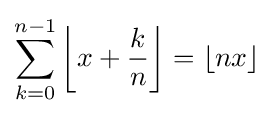
\sum _{k=0}^{n-1}\left\lfloor x+{\frac {k}{n}}\right\rfloor =\lfloor nx\rfloor